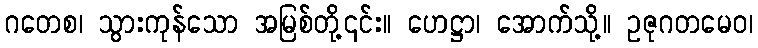
ဂတေစ၊ သွားကုန်သော အမြစ်တို့၎င်း။ ဟေဋ္ဌာ၊ အောက်သို့။ ဥဇုဂတမေဝ၊